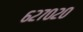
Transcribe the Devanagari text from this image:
६२७०२०